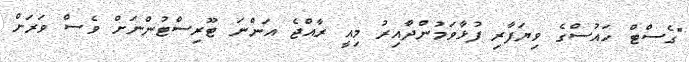
"ގެސްޓް ހައުސްގެ ވިޔަފާރި ފުޅާވަމުންދާއިރު މިއީ ރާއްޖެ އަންނަ ޓޫރިސްޓުންނަށް ވެސް ވަރަށް